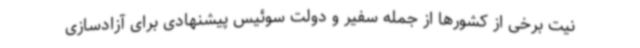
نیت برخی از کشورها از جمله سفیر و دولت سوئیس پیشنهادی برای آزادسازی